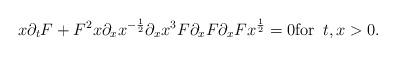
LaTeX: \begin{align*}x \partial_t F + F^2 x \partial_x x^{- \frac 1 2} \partial_x x^3 F \partial_x F \partial_x F x^{\frac 1 2} = 0 \mbox{for } \, t, x > 0.\end{align*}